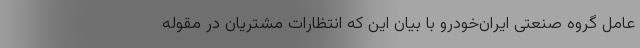
عامل گروه صنعتی ایران‌خودرو با بیان این که انتظارات مشتریان در مقوله